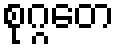
စုဂ္ဂတေ